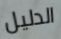
الدليل